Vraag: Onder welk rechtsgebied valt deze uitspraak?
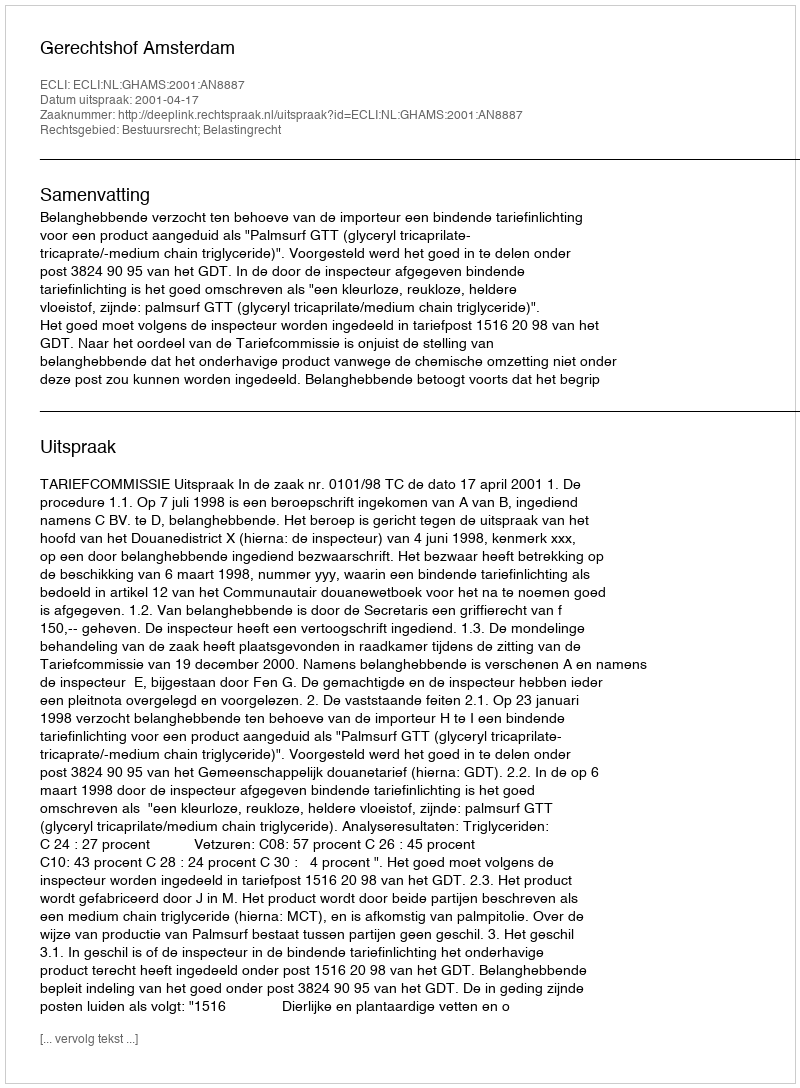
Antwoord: Bestuursrecht; Belastingrecht